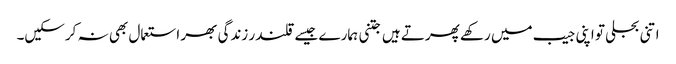
اتنی بجلی تو اپنی جیب میں رکھے پھرتے ہیں جتنی ہمارے جیسے قلندر زندگی بھر استعمال بھی نہ کرسکیں۔